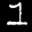
Label: 1